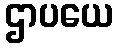
ဌာပယေ